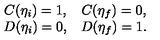
\begin{array} { c c } { C ( \eta _ { i } ) = 1 , } & { C ( \eta _ { f } ) = 0 , \nonumber } \\ { D ( \eta _ { i } ) = 0 , } & { D ( \eta _ { f } ) = 1 . } \\ \end{array}